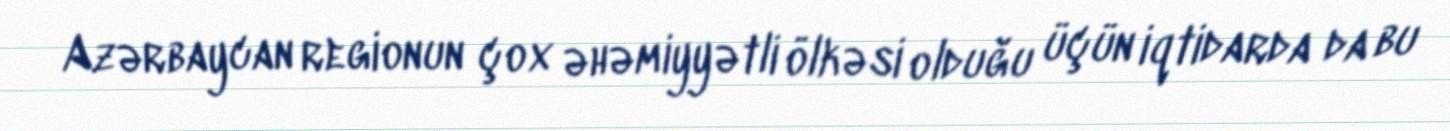
Azərbaycan regionun çox əhəmiyyətli ölkəsi olduğu üçün iqtidarda da bu